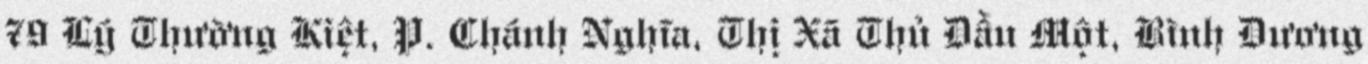
79 Lý Thường Kiệt, P. Chánh Nghĩa, Thị Xã Thủ Dầu Một, Bình Dương